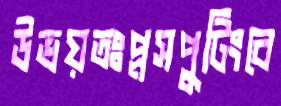
উভয়তঃপ্লসপুটিংবে